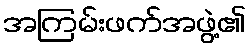
အကြမ်းဖက်အဖွဲ့၏